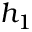
h _ { 1 }